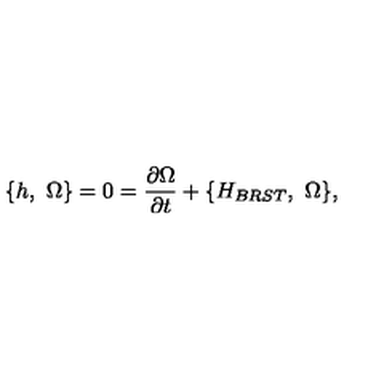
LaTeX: \{ h , \ \Omega \} = 0 = { \frac { \partial { \Omega } } { \partial t } } + \{ H _ { B R S T } , \ \Omega \} ,